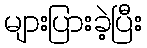
များပြားခဲ့ပြီး